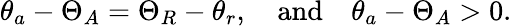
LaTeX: \theta_{a}-\Theta_{A}=\Theta_{R}-\theta_{r},\quad\textrm{and}\quad\theta_{a}-\Theta_{A}>0.